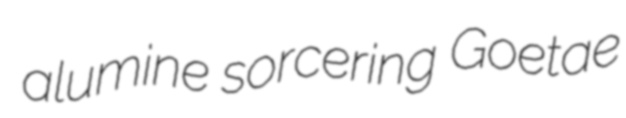
alumine sorcering Goetae